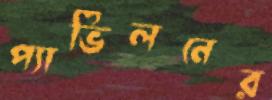
প্যাভিলনের